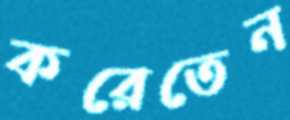
করেতেন